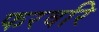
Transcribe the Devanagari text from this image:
फरवरि